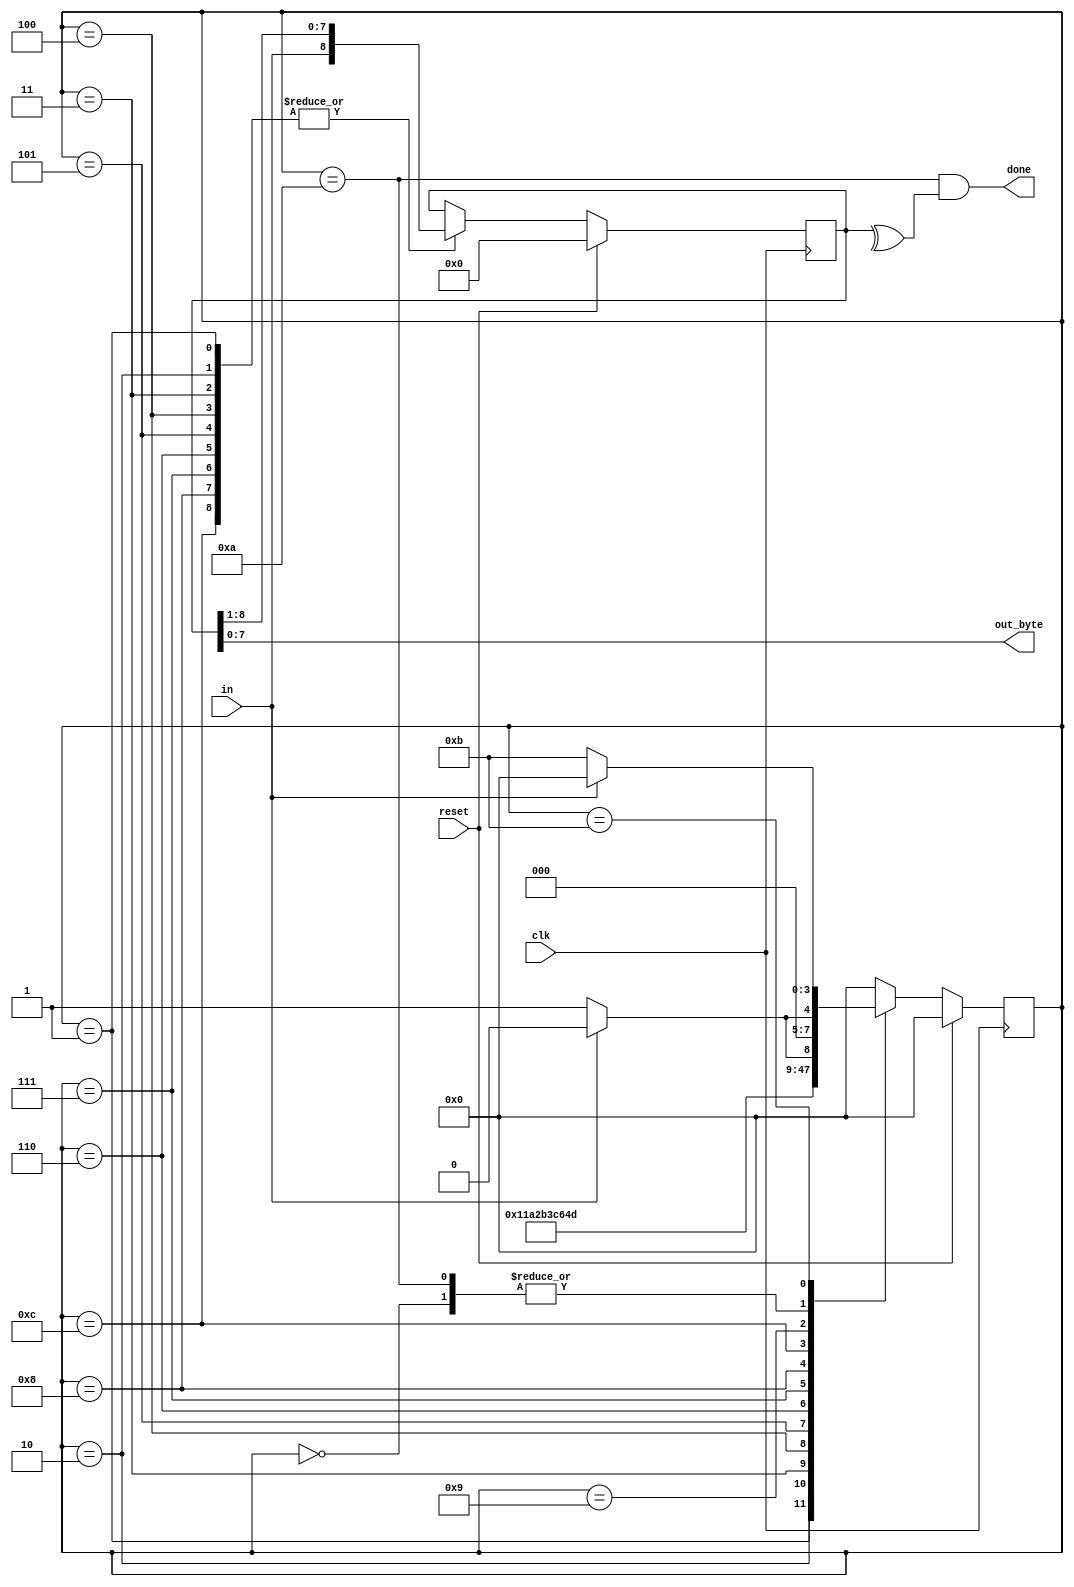
module top_module(
    input clk,
    input in,
    input reset,    // Synchronous reset
    output [7:0] out_byte,
    output done
); 
    parameter A=0,B=1,C=2,D=3,E=4,F=5,G=6,H=7,I=8,J=9,K=10,L=11,M=12;
    reg [3:0]state,next_state;
    reg [8:0]temp;
    always @(*) begin
        case(state)
            A:next_state<=in?A:B;
            B:next_state<=C;
            C:next_state<=D;
            D:next_state<=E;
            E:next_state<=F;
            F:next_state<=G;
            G:next_state<=H;
            H:next_state<=I;
            I:next_state<=M;
            M:next_state<=J;
            J:next_state<=in?K:L;
            K:next_state<=in?A:B;
            L:next_state<=in?A:L;
            default:next_state<=A;
        endcase
    end
    always @(posedge clk) begin
        if(reset) begin state<=A;end
        else begin state<=next_state;end
    end
    always @(posedge clk) begin
        if(reset) temp='d0;
        else begin
        	case(state)
                B,C,D,E,F,G,H,I,M:temp<={in,temp[8:1]};
            	default:temp<=temp;
        	endcase
        end
    end
    assign done=(state==K)&(^temp);
    assign out_byte=temp[7:0];

endmodule